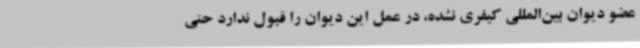
عضو دیوان بین‌المللی کیفری نشده، در عمل این دیوان را قبول ندارد حتی